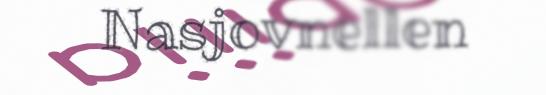
Nasjovnellen